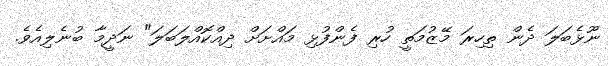
ނޫޅެބަލަ ދެން ތިހިރަ މޭޒުމަތީ ހުރި ފެންފުޅި މައްށަށް ދިއްކޮއްލަބަލަ" ނަދީމާ ބުނެލިއެވެ.